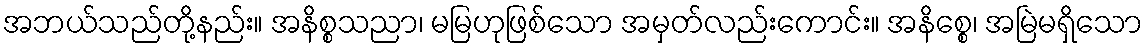
အဘယ်သည်တို့နည်း။ အနိစ္စသညာ၊ မမြဟုဖြစ်သော အမှတ်လည်းကောင်း။ အနိစ္စေ၊ အမြဲမရှိသော